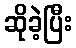
ဆိုခဲ့ပြီး